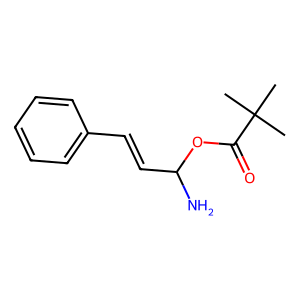
SMILES: CC(C)(C)C(=O)OC(N)C=Cc1ccccc1
Inhibits HIV replication: No